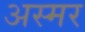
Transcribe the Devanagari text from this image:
अस्मर